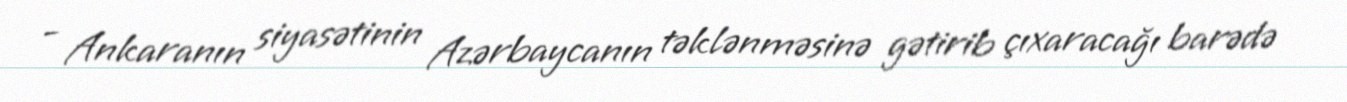
- Ankaranın siyasətinin Azərbaycanın təklənməsinə gətirib çıxaracağı barədə